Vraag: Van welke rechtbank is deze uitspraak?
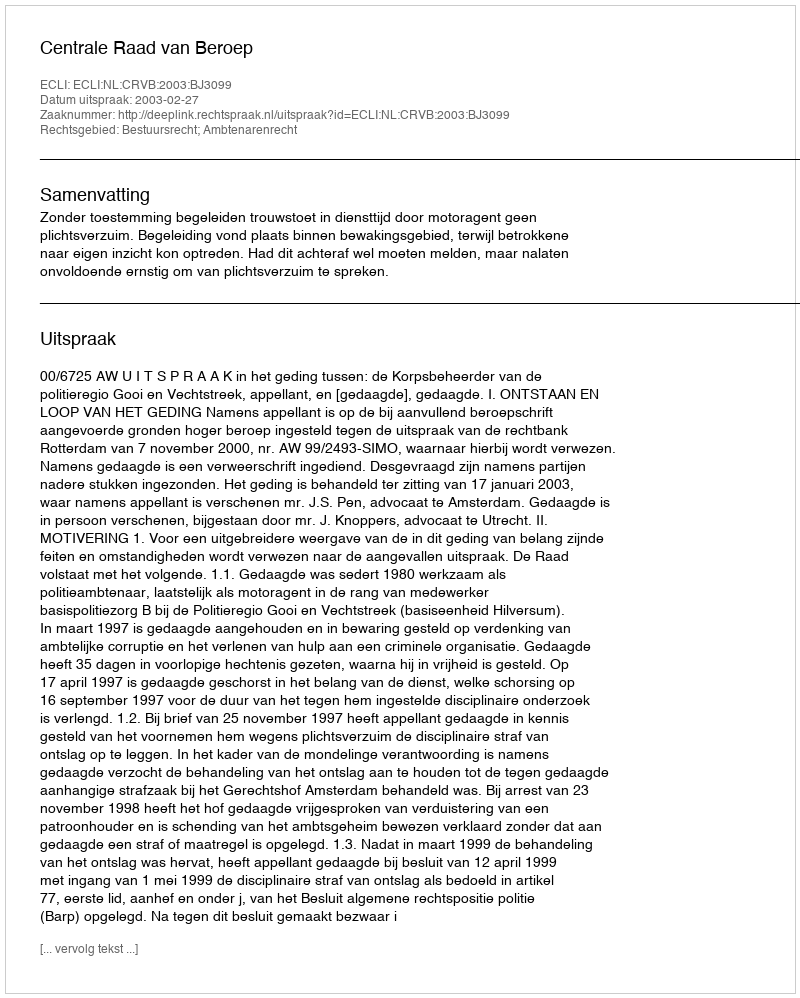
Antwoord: Centrale Raad van Beroep